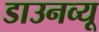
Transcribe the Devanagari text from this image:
डाउनव्यू